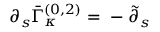
\partial _ { s } \bar { \Gamma } _ { \kappa } ^ { ( 0 , 2 ) } = \; - \; \tilde { \partial } _ { s } \;